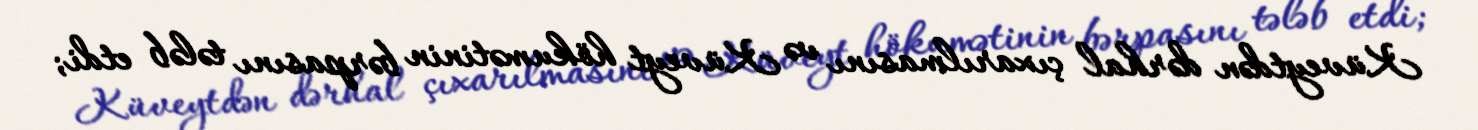
Küveytdən dərhal çıxarılmasını və Küveyt hökumətinin bərpasını tələb etdi;